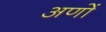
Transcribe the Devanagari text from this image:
अणों